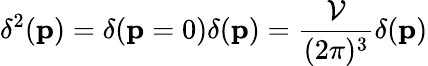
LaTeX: \delta^{2}(\mathbf{p})=\delta(\mathbf{p}=0)\delta(\mathbf{p})=\frac{\cal{V}}{(2\pi)^{3}}\delta(\mathbf{p})